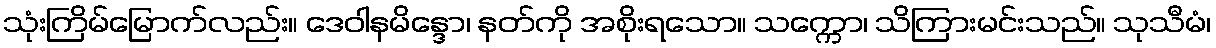
သုံးကြိမ်မြောက်လည်း။ ဒေဝါနမိန္ဒော၊ နတ်ကို အစိုးရသော။ သက္ကော၊ သိကြားမင်းသည်။ သုသီမံ၊